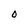
Character: O